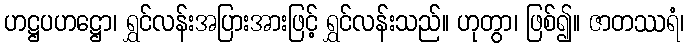
ဟဋ္ဌပဟဋ္ဌော၊ ရွှင်လန်းအပြားအားဖြင့် ရွှင်လန်းသည်။ ဟုတွာ၊ ဖြစ်၍။ ဇာတဿရံ၊